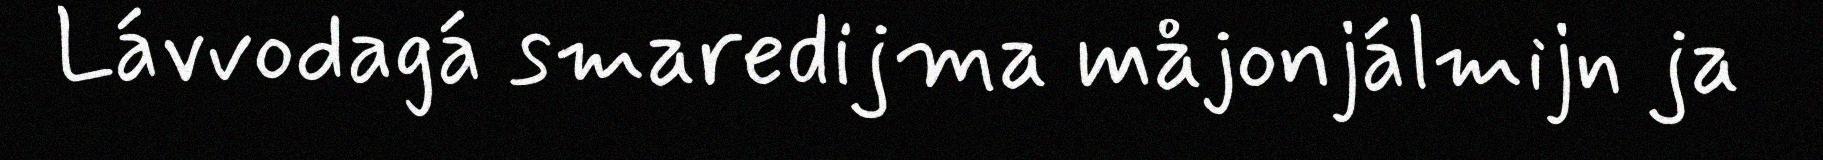
Lávvodagá smaredijma måjonjálmijn ja